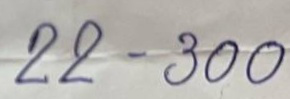
22 - 300